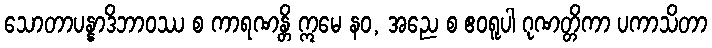
သောတာပန္နာဒိဘာဝဿ စ ကာရဏန္တိ ဣမေ နဝ, အညေ စ ဧဝရူပါ ဂုဏတ္တိကာ ပကာသိတာ